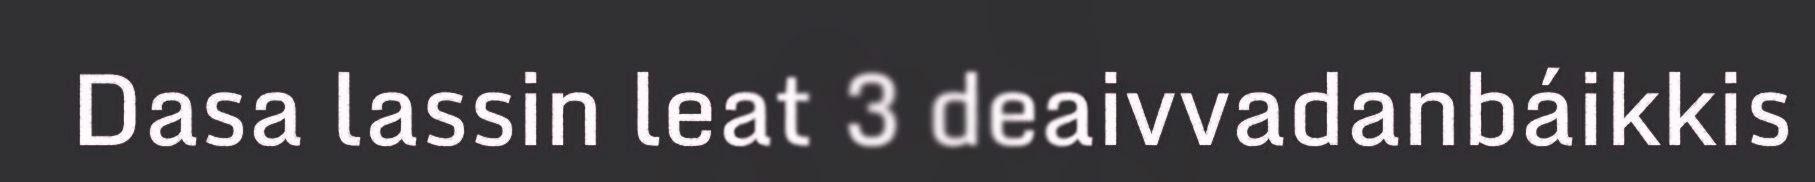
Dasa lassin leat 3 deaivvadanbáikkis